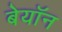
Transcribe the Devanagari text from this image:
बेयॉन